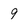
Character: 9